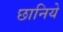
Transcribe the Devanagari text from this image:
छानिये